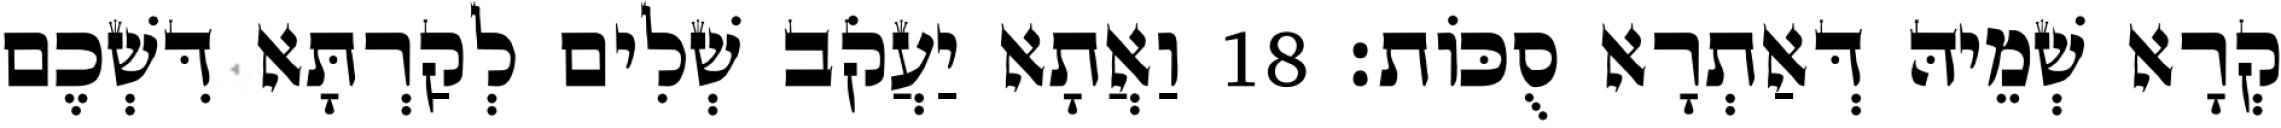
קְרָא שְׁמֵיהּ דְּאַתְרָא סֻכּוֹת׃ 18 וַאֲתָא יַעֲקֹב שְׁלִים לְקַרְתָּא דִּשְׁכֶם